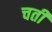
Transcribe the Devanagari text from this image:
चतीं